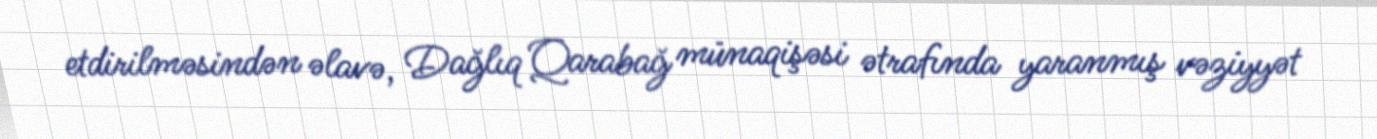
etdirilməsindən əlavə, Dağlıq Qarabağ münaqişəsi ətrafında yaranmış vəziyyət